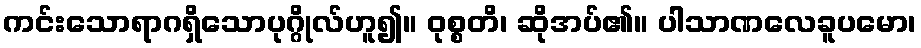
ကင်းသောရာဂရှိသောပုဂ္ဂိုလ်ဟူ၍။ ဝုစ္စတိ၊ ဆိုအပ်၏။ ပါသာဏလေခူပမော၊